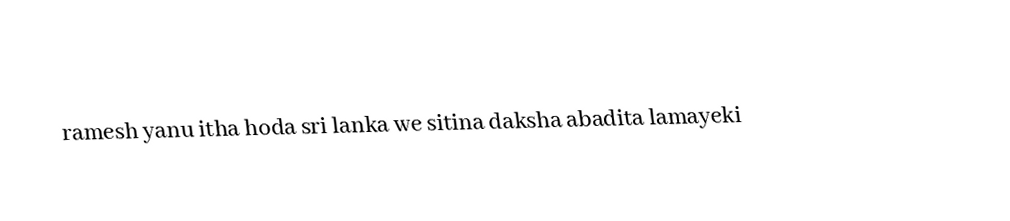
ramesh yanu itha hoda sri lanka we sitina daksha abadita lamayeki